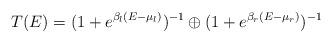
LaTeX: \begin{align*}T(E) = ( 1 + e^{ \beta_l (E - \mu _l ) } )^{-1} \oplus ( 1 + e^{ \beta_r (E -\mu_r )} ) ^{-1}\end{align*}